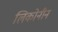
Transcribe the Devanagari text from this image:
लिकोनीन